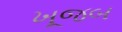
ખૂજબ